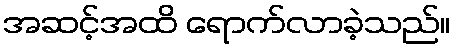
အဆင့်အထိ ရောက်လာခဲ့သည်။